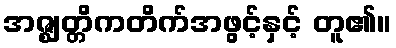
အဇ္ဈတ္တိကတိက်အဖွင့်နှင့် တူ၏။